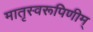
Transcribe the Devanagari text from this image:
मातृस्वरूपिणीम्